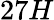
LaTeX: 27H